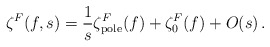
\begin{align*}\zeta^F (f,s)=\frac 1s \zeta^F_{\mbox{\scriptsize pole}}(f)+\zeta^F_0 (f)+O(s) \,.\end{align*}